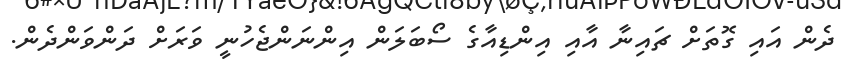
ދެން އައި ގޮތަށް ޗައިނާ އާއި އިންޑިއާގެ ސޯބަލަން އިންނަންޖެހުނީ ވަރަށް ދަންވަންދެން.